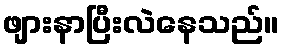
ဖျားနာပြီးလဲနေသည်။